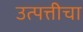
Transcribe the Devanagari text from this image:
उत्पत्तीचा